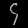
Digit: ၄